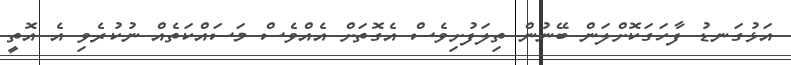
އަޅުގަނޑު ފާހަގަކޮށްލަން ބޭނުން ތިލަފުށިވެސް އެގޮތަށް އެއްވެސް މަސައްކަތެއް ނުކުރެވި އެ އޮތީ